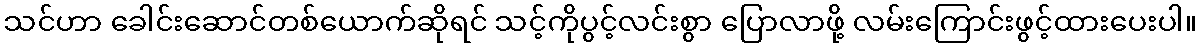
သင်ဟာ ခေါင်းဆောင်တစ်ယောက်ဆိုရင် သင့်ကိုပွင့်လင်းစွာ ပြောလာဖို့ လမ်းကြောင်းဖွင့်ထားပေးပါ။